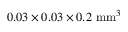
0 . 0 3 \times 0 . 0 3 \times 0 . 2 ~ \mathrm { m m } ^ { 3 }